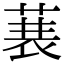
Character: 𮏣